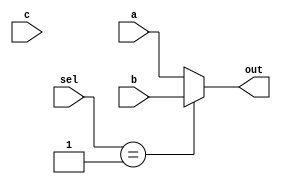
module forwarding_mux(a,b,c,sel,out);
input [31:0] a,b,c;
input [1:0] sel;
output reg [31:0] out;

always@(*)
begin
case(sel)
1'b00 : out = a;
1'b01 : out = b;
1'b10 : out = c;
default : out = a;
endcase
end
endmodule